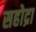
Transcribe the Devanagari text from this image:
सहोद्रा